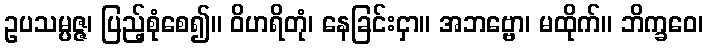
ဥပသမ္ပဇ္ဇ၊ ပြည့်စုံစေ၍။ ဝိဟရိတုံ၊ နေခြင်းငှာ။ အဘဗ္ဗော၊ မထိုက်။ ဘိက္ခဝေ၊